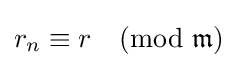
{\textstyle r_{n}\equiv r{\pmod {\mathfrak {m}}}}